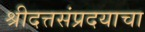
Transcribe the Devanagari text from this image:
श्रीदत्तसंप्रदयाचा